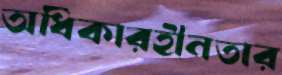
অধিকারহীনতার